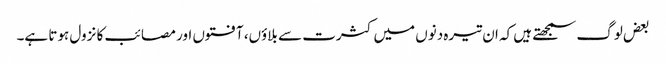
بعض لوگ سمجھتے ہیں کہ ان تیرہ دنوں میں کثرت سے بلاوٴں، آفتوں اور مصائب کا نزول ہوتا ہے۔